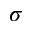
\boldsymbol { \sigma }